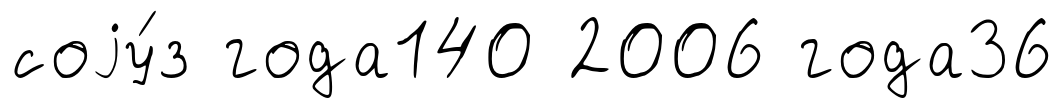
соjу́з года140 2006 года36